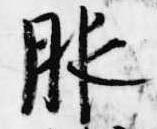
服